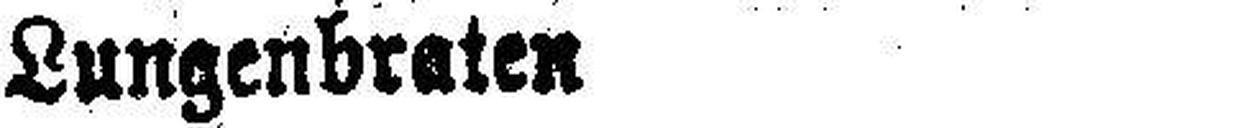
Lungenbraten